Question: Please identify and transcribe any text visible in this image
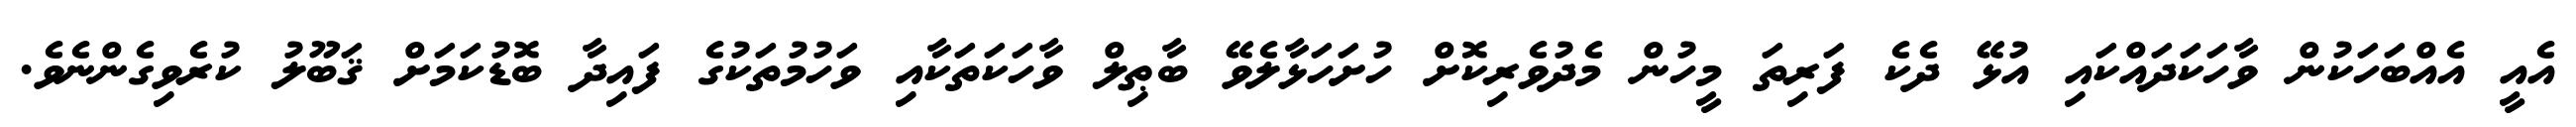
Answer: އެއީ އެއްބަހަކުން ވާހަކަދައްކައި އުޅޭ ދެކެ ފަރިތަ މީހުން މެދުވެރިކޮށް ހުށަހަޅާލެވޭ ބާޠިލް ވާހަކަތަކާއި ވަހުމުތަކުގެ ފައިދާ ބޮޑުކަމަށް ޤަބޫލު ކުރެވިގެންނެވެ.